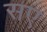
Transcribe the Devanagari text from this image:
सए